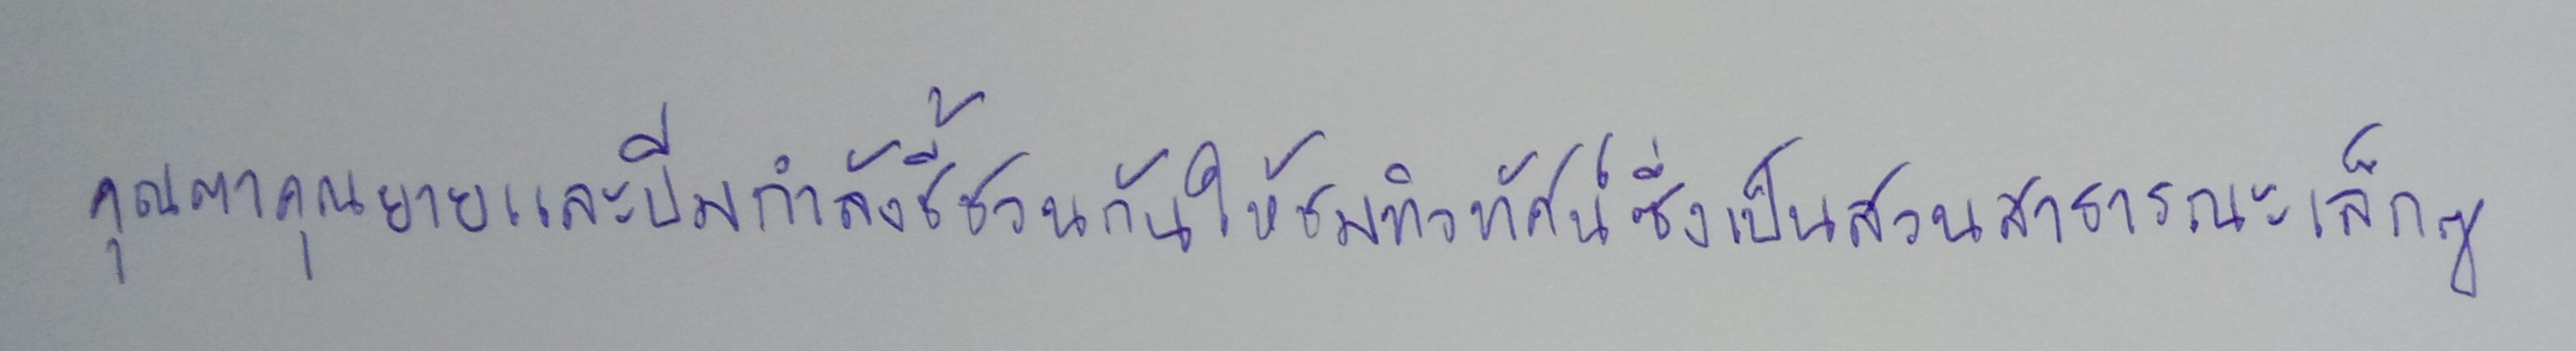
คุณตาคุณยายและบีมกำลังชี้ชวนกันให้ชมทิวทัศน์ซึ่งเป็นสวนสาธารณะเล็กๆ